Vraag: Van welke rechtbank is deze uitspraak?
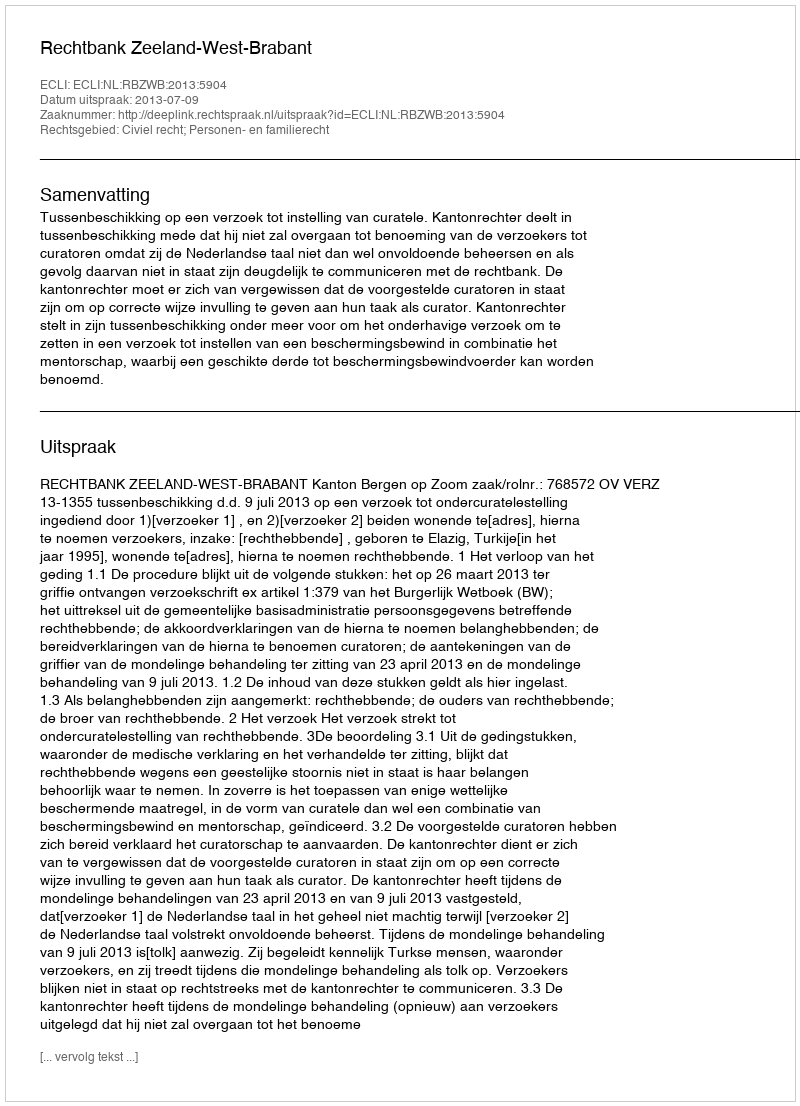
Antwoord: Rechtbank Zeeland-West-Brabant